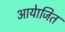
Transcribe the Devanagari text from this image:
आयेाजित